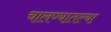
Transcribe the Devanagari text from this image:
चालण्यातल्या